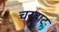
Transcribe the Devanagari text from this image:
चरहाट